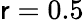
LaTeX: \mathsf{r}=0.5